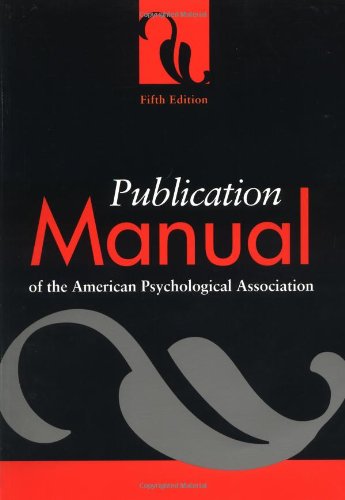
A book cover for Publication Manual of the American Psychological Association; American Psychological Association; Medical Books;